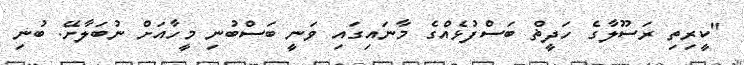
"ކީރިތި ރަސޫލާގެ ހަދީޡް ބަސްފުޅެއްގެ މާނައިގައި ވަނީ ބަސްބުނި މީހާއަށް ނުބަލާށޭ. ބުނި